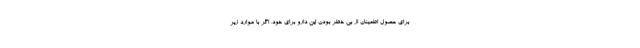
برای حصول اطمینان از بی خطر بودن این دارو برای خود، اگر با موارد زیر